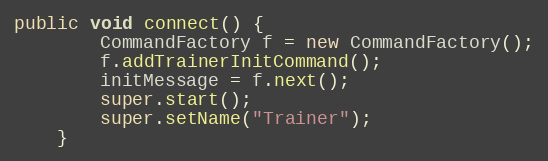
Language: Java
public void connect() {
        CommandFactory f = new CommandFactory();
        f.addTrainerInitCommand();
        initMessage = f.next();
        super.start();
        super.setName("Trainer");
    }